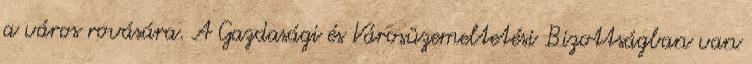
a város rovására. A Gazdasági és Városüzemeltetési Bizottságban van